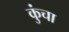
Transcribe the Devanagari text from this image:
कुंचा